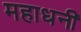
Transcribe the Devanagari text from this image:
महाधनी